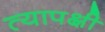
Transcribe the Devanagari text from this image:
त्यापक्षी